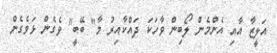
އަލީޒާ އާއި އެންމެން ލޯބިން ވާހަކަ ދައްކާއިރު މާ" ބޭބީ" ވެގެން ޅަވެގެން